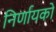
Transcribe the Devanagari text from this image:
निर्णायको